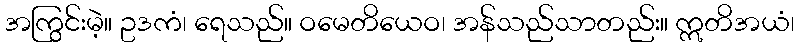
အကြွင်းမဲ့။ ဥဒကံ၊ ရေသည်။ ဝမေတိယေဝ၊ အန်သည်သာတည်း။ ဣတိအယံ၊